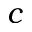
c